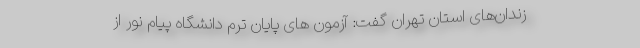
زندان‌های استان تهران گفت: آزمون های پایان ترم دانشگاه پیام نور از